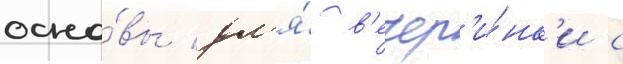
осно́вы дл'я́ в'ечер'и́нк'и с